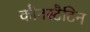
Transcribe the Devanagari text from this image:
कौनस्टैटिन